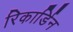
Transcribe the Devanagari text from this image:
रिकार्डिन